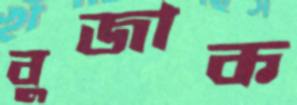
বুজাক